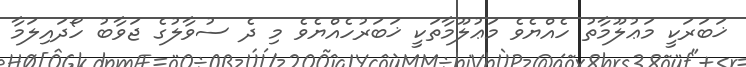
ޚަބަރަކީ މަޢުލޫމާތު ހެއްޔެވެ މަޢުލޫމާތަކީ ޚަބަރުހެއްޔެވެ މި ދެ ސުވާލުގެ ޖަވާބު ހޯދައިލަމާ